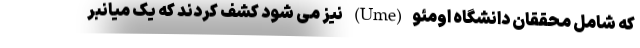
که شامل محققان دانشگاه اومئو(Ume) نیز می شود کشف کردند که یک میانبر